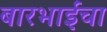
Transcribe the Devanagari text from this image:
बारभाईंचा